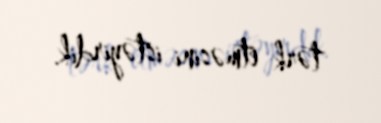
tərk etməsini istəyirdik.